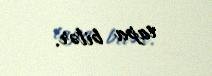
tapa bilər.